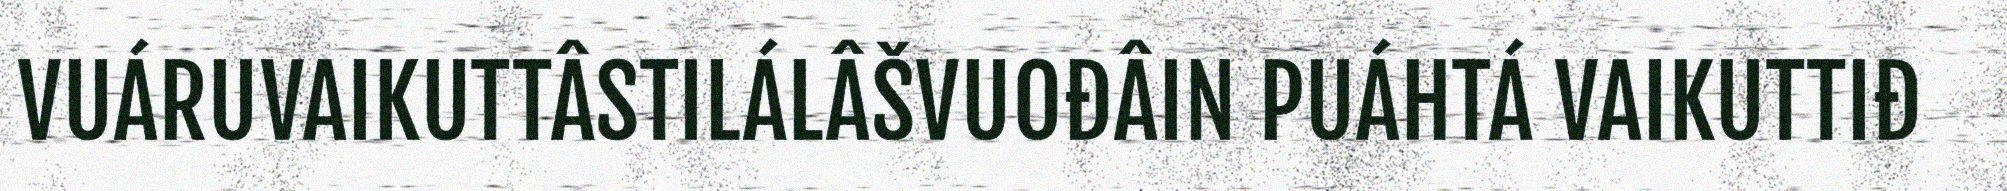
VUÁRUVAIKUTTÂSTILÁLÂŠVUOĐÂIN PUÁHTÁ VAIKUTTIĐ